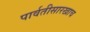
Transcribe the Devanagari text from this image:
पार्वतीसारखाच